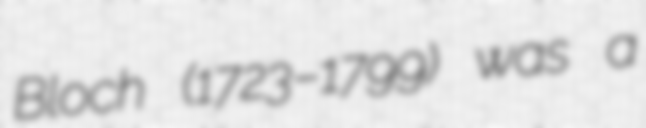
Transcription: Bloch (1723–1799) was a